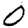
Digit: 0